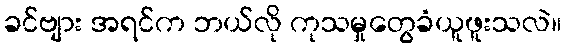
ခင်ဗျား အရင်က ဘယ်လို ကုသမှုတွေခံယူဖူးသလဲ။